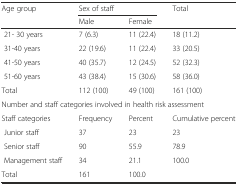
| <ROWSPAN=2> Age group | <COLSPAN=2> Sex of staff | <ROWSPAN=2> Total |
 | Male | Female |
 | --- | --- | --- | --- |
 | 21- 30 years | 7 (6.3) | 11 (22.4) | 18 (11.2) |
 | 31-40 years | 22 (19.6) | 11 (22.4) | 33 (20.5) |
 | 41-50 years | 40 (35.7) | 12 (24.5) | 52 (32.3) |
 | 51-60 years | 43 (38.4) | 15 (30.6) | 58 (36.0) |
 | Total | 112 (100) | 49 (100) | 161 (100) |
 | <COLSPAN=4> Number and staff categories involved in health risk assessment |
 | Staff categories | Frequency | Percent | Cumulative percent |
 | Junior staff | 37 | 23 | 23 |
 | Senior staff | 90 | 55.9 | 78.9 |
 | Management staff | 34 | 21.1 | 100.0 |
 | Total | 161 | 100.0 |  |